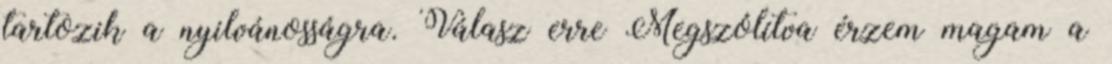
tartozik a nyilvánosságra. Válasz erre Megszólítva érzem magam a